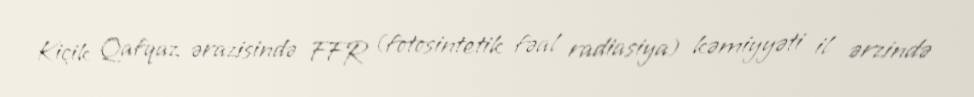
Kiçik Qafqaz ərazisində FFR (fotosintetik fəal radiasiya) kəmiyyəti il ərzində